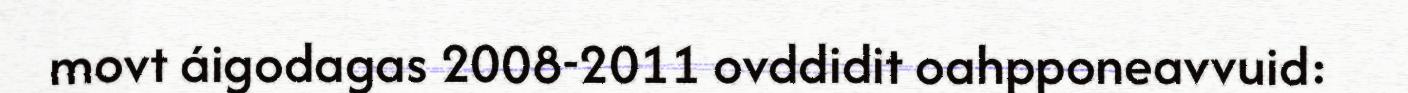
movt áigodagas 2008-2011 ovddidit oahpponeavvuid: